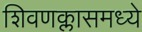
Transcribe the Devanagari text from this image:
शिवणक्लासमध्ये